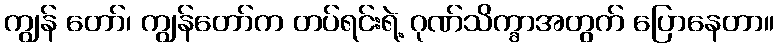
ကျွန် တော်၊ ကျွန်တော်က တပ်ရင်းရဲ့ ဂုဏ်သိက္ခာအတွက် ပြောနေတာ။